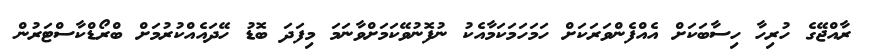
ރާއްޖޭގެ ހުރިހާ ހިސާބަކަށް އެއްފެންވަރަކަށް ހަމަހަމަކަމާއެކު ނުފޮނުވޭކަމަށްވާނަމަ މިފަދަ ބޮޑު ހޭދައެއްކުރުމަށް ބްރޯޑްކާސްޓަރުން